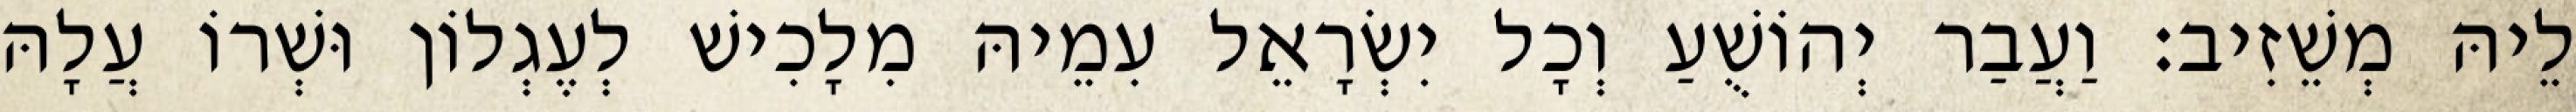
לֵיהּ מְשֵׁזִיב׃ וַעֲבַר יְהוֹשֻׁעַ וְכָל יִשְׂרָאֵל עִמֵיהּ מִלָכִישׁ לְעֶגְלוֹן וּשְׁרוֹ עֲלָהּ